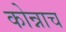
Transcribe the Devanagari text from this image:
कोन्नाच